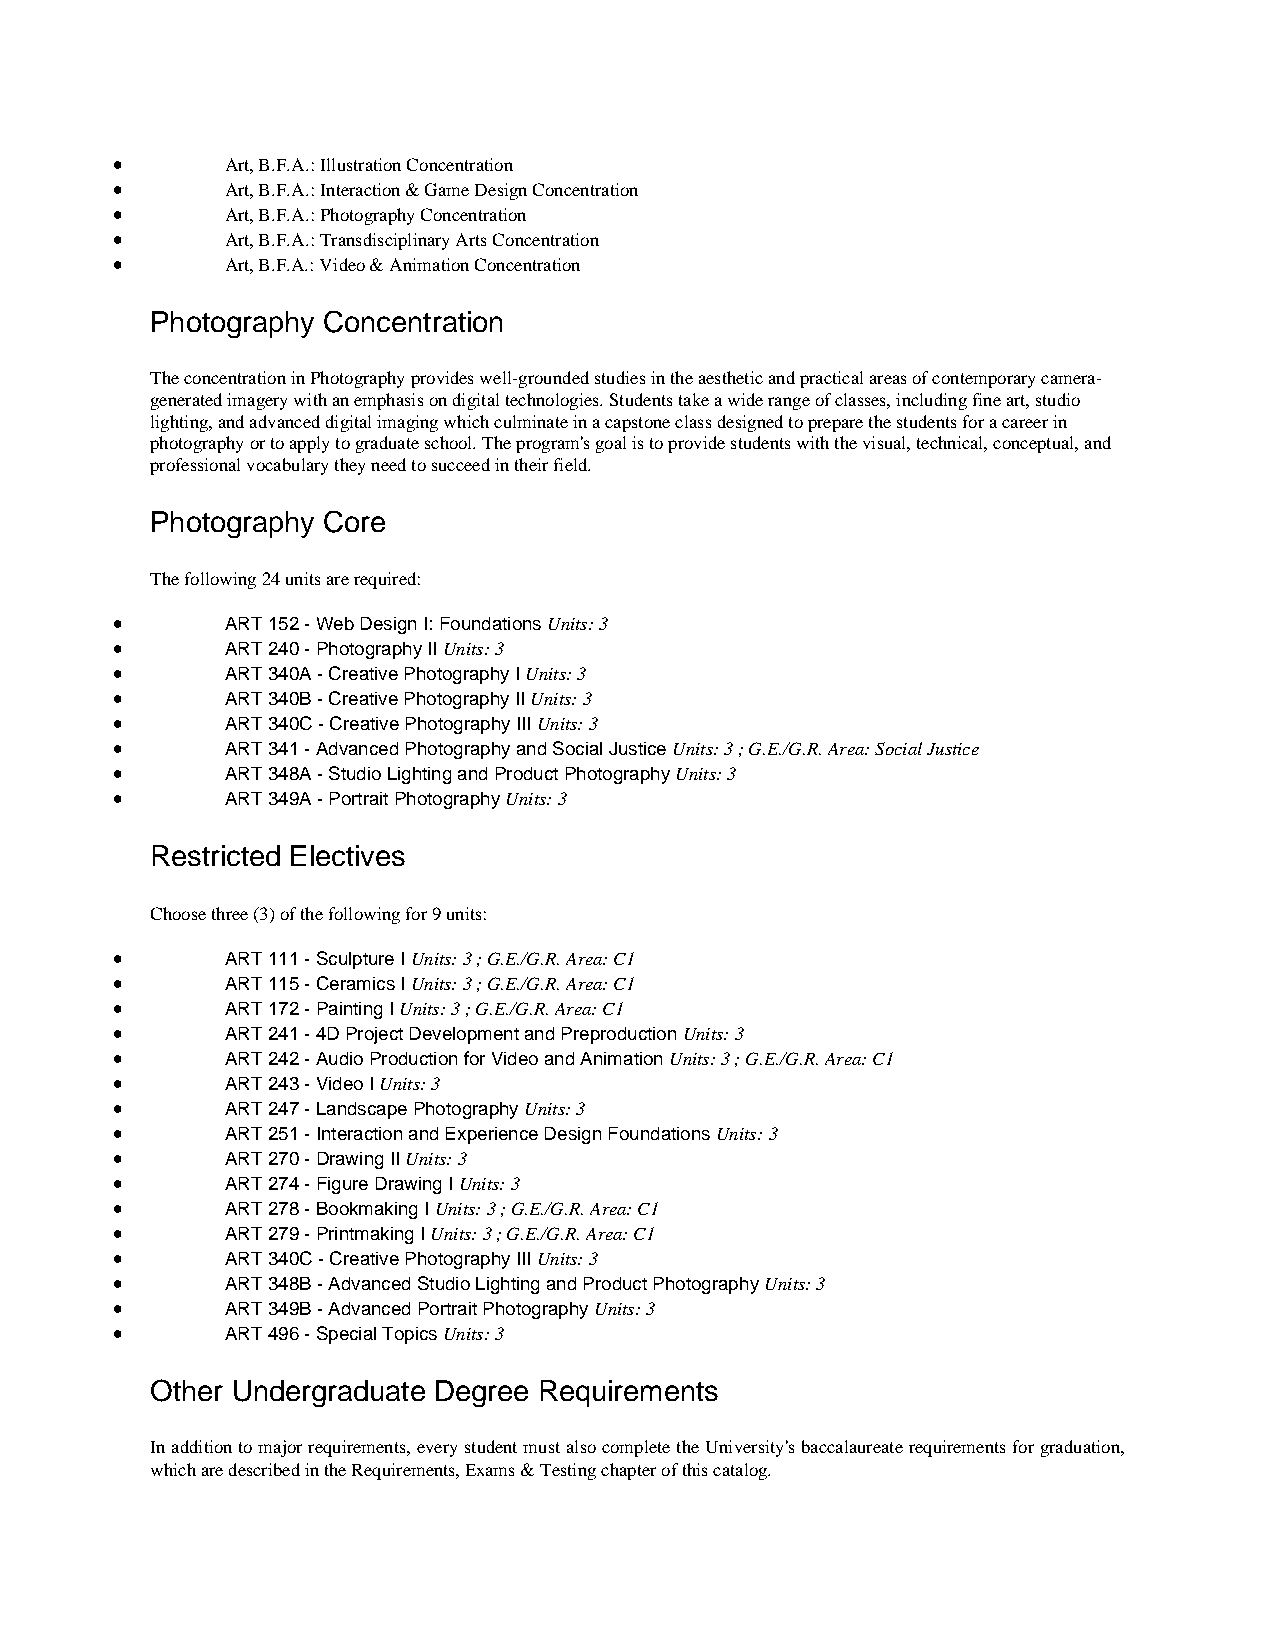
•       Art, B.F.A.: Illustration Concentration
 •       Art, B.F.A.: Interaction & Game Design Concentration
 •       Art, B.F.A.: Photography Concentration
 •       Art, B.F.A.: Transdisciplinary Arts Concentration
 •       Art, B.F.A.: Video & Animation Concentration
 Photography Concentration
 The concentration in Photography provides well-grounded studies in the aesthetic and practical areas of contemporary camera-
 generated imagery with an emphasis on digital technologies. Students take a wide range of classes, including fine art, studio
 lighting, and advanced digital imaging which culminate in a capstone class designed to prepare the students for a career in
 photography or to apply to graduate school. The program's goal is to provide students with the visual, technical, conceptual, and
 professional vocabulary they need to succeed in their field.
 Photography Core
 The following 24 units are required:
 •       ART 152 - Web Design I: Foundations Units: 3
 •       ART 240 - Photography II Units: 3
 •       ART 340A - Creative Photography I Units: 3
 •       ART 340B - Creative Photography II Units: 3
 •       ART 340C - Creative Photography III Units: 3
 •       ART 341 - Advanced Photography and Social Justice Units: 3 ; G.E./G.R. Area: Social Justice
 •       ART 348A - Studio Lighting and Product Photography Units: 3
 •       ART 349A - Portrait Photography Units: 3
 Restricted Electives
 Choose three (3) of the following for 9 units:
 •       ART 111 - Sculpture I Units: 3 ; G.E./G.R. Area: C1
 •       ART 115 - Ceramics I Units: 3 ; G.E./G.R. Area: C1
 •       ART 172 - Painting I Units: 3 ; G.E./G.R. Area: C1
 •       ART 241 - 4D Project Development and Preproduction Units: 3
 •       ART 242 - Audio Production for Video and Animation Units: 3 ; G.E./G.R. Area: C1
 •       ART 243 - Video I Units: 3
 •       ART 247 - Landscape Photography Units: 3
 •       ART 251 - Interaction and Experience Design Foundations Units: 3
 •       ART 270 - Drawing II Units: 3
 •       ART 274 - Figure Drawing I Units: 3
 •       ART 278 - Bookmaking I Units: 3 ; G.E./G.R. Area: C1
 •       ART 279 - Printmaking I Units: 3 ; G.E./G.R. Area: C1
 •       ART 340C - Creative Photography III Units: 3
 •       ART 348B - Advanced Studio Lighting and Product Photography Units: 3
 •       ART 349B - Advanced Portrait Photography Units: 3
 •       ART 496 - Special Topics Units: 3
 Other Undergraduate Degree Requirements
 In addition to major requirements, every student must also complete the University's baccalaureate requirements for graduation,
 which are described in the Requirements, Exams & Testing chapter of this catalog.